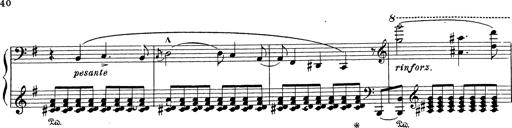
Title: Grosses Konzertsolo
Composer: Franz Liszt